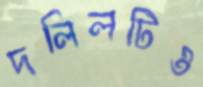
দলিলটিও